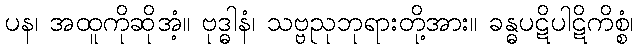
ပန၊ အထူကိုဆိုအံ့။ ဗုဒ္ဓါနံ၊ သဗ္ဗညုဘုရားတို့အား။ ခန္ဓပဋိပါဋိကိစ္စံ၊